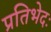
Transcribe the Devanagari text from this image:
प्रतिभेदः